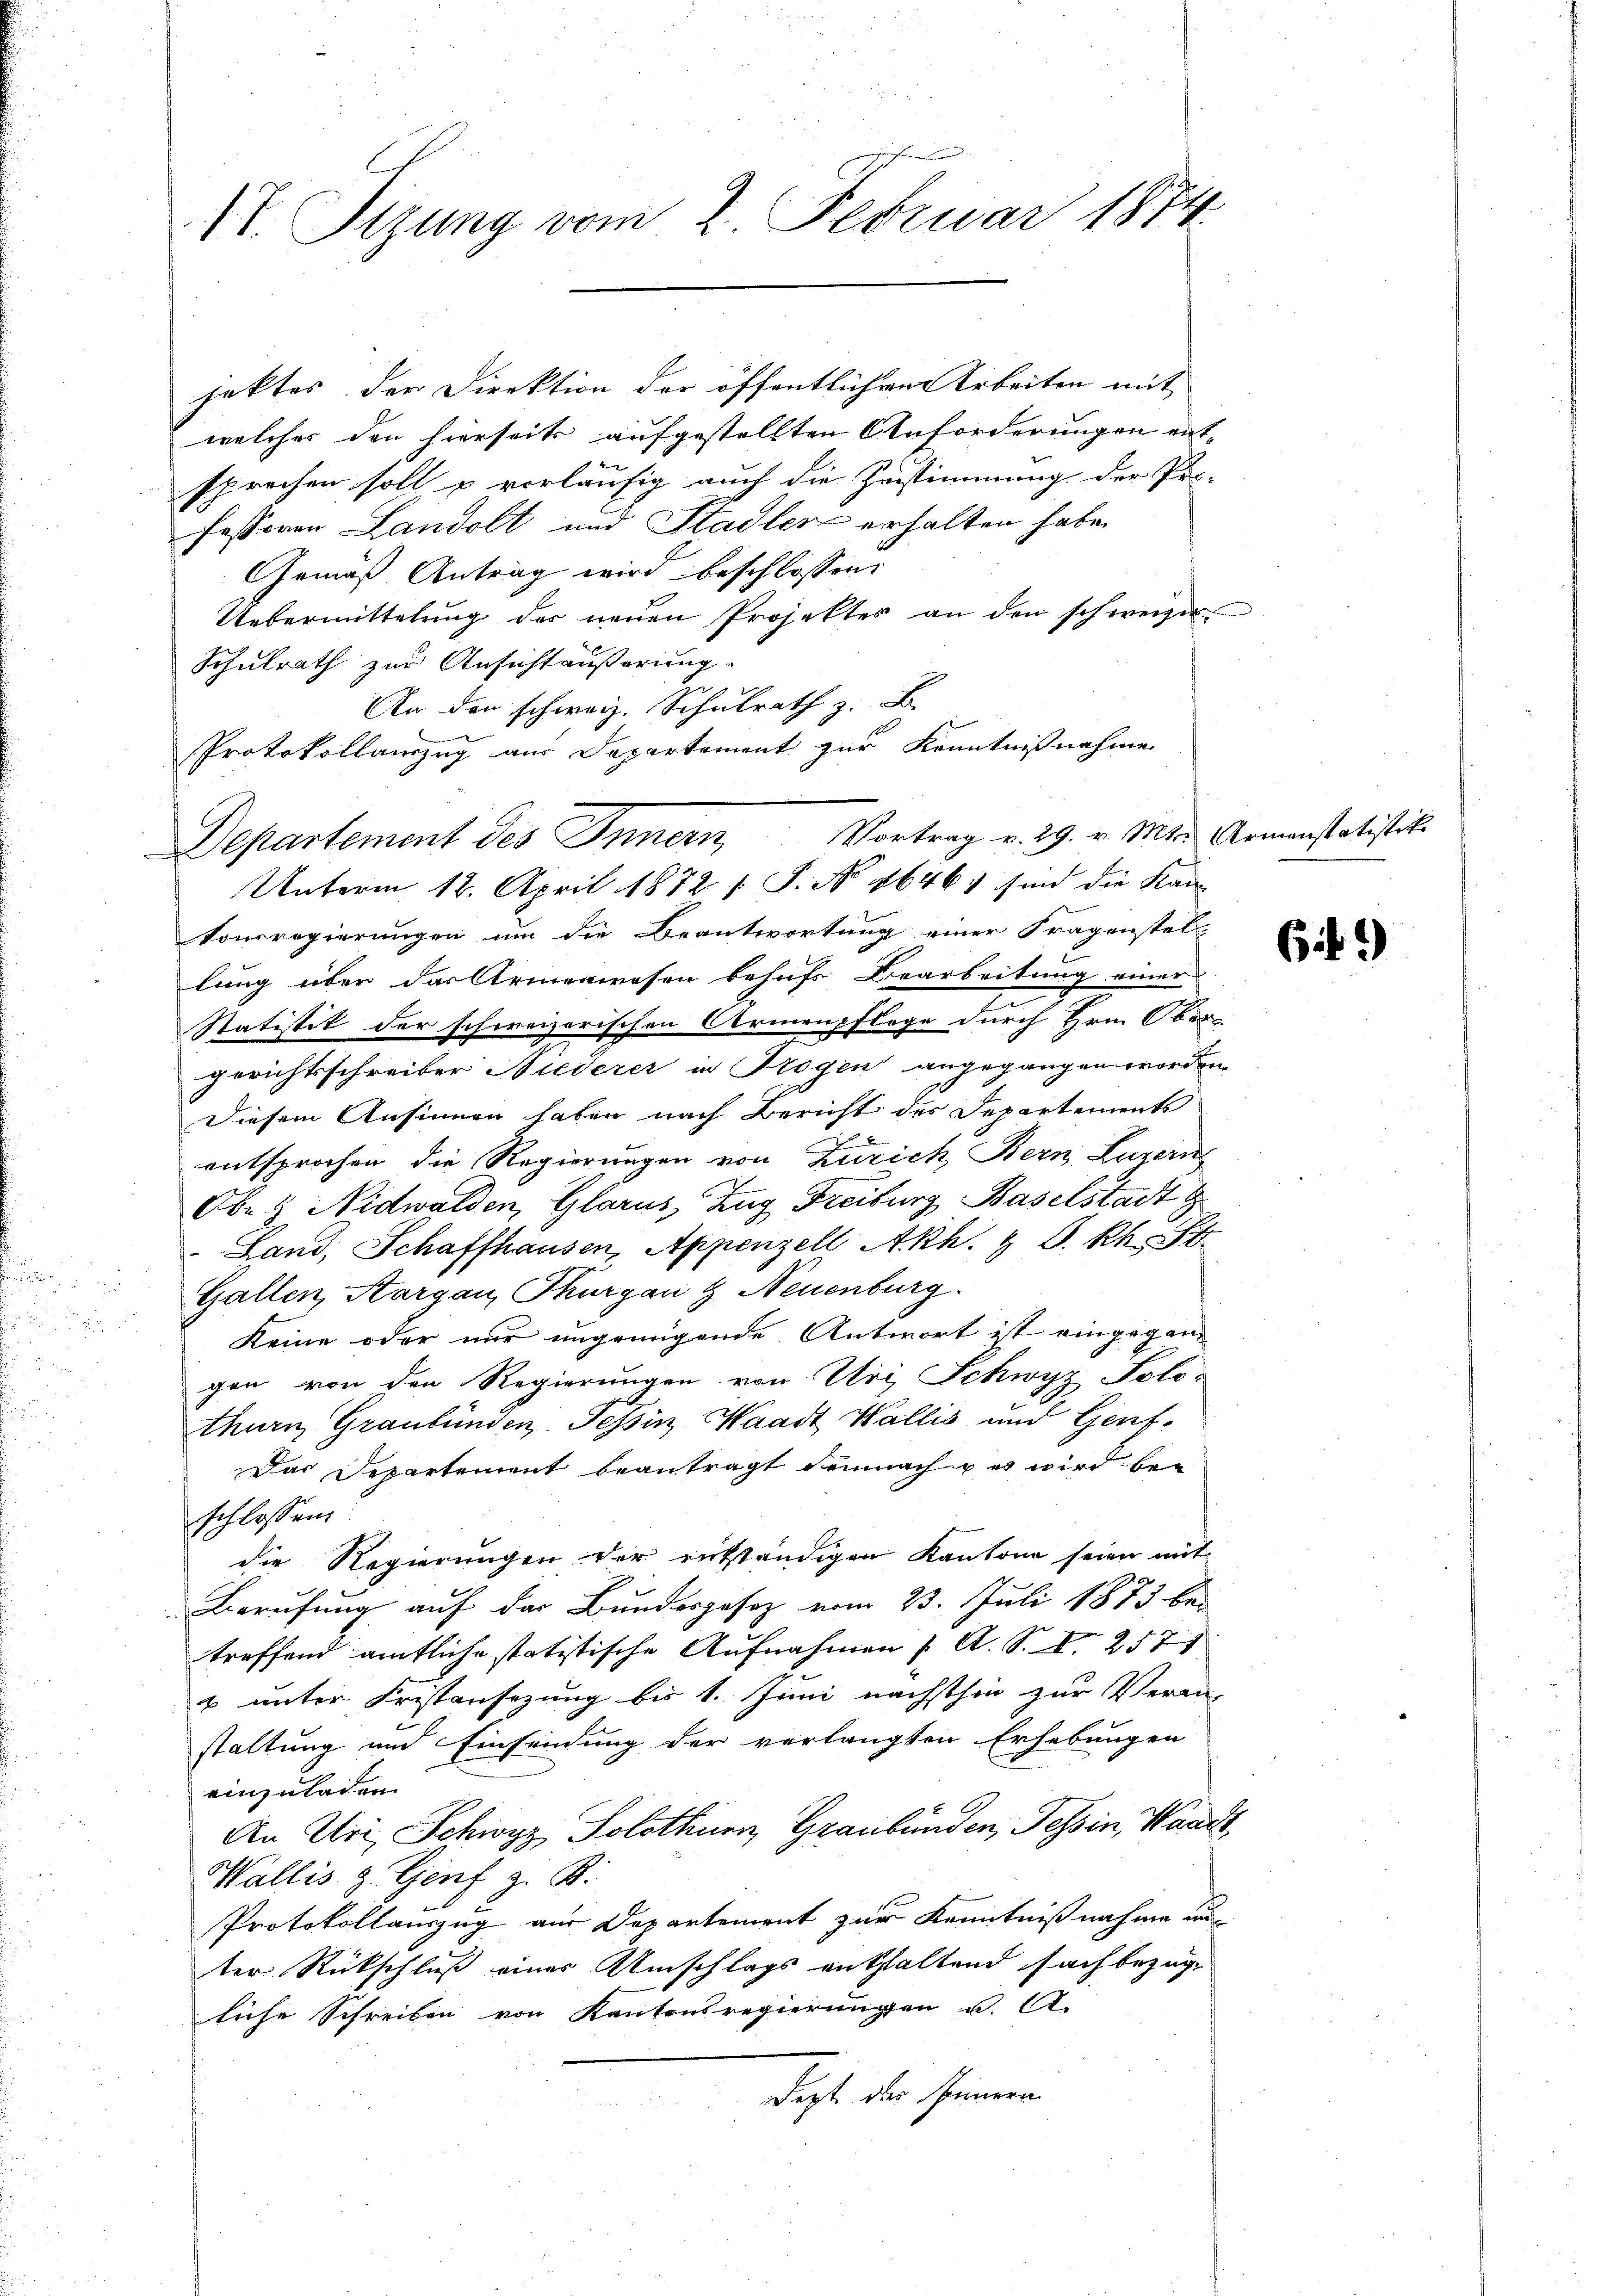
jektes der Direktion der öffentlichen Arbeiten mit
welcher den hierseits aufgestellten Anforderungen ent-
sprechen soll u vorläufig auch die Zustimmung der Pro-
fessoren Landolt und Stadler erhalten habe.
Gemäß Antrag wird beschlossen:
Uebermittelŭng der neŭen Projektes an den schweizer
Schulrath zur Ansichtäußerung.
An den schweiz. Schulrath z. B.
Protokollanzug aus Departement zur Kenntnißnahme
Departement des Innern, Vortrag v. 29. v. Mts. Armenstatistik

1T. Sizung vom 2. Februar 1874

Unterm 12. April 1872 s. S. No 1646) sind die Kan-

Konsregierungen um die Beantwortung einer Fragenstell
lung über das Armenwesen behufs Bearbeitung einer
Statistik der schweizerischen Armenpflege durch Hrn. Ober-
gerichtsschreiber Niederer in Trogen angegangen worden
Diesem Ansinnen haben nach Bericht des Departements

entsprochen die Regierungen von Zürich Bern, Luzerns
Oben Nidwalden, Glarus, Zug Freiburg, Baselstadt g
Land, Schaffhausen, Appenzell A.Rh. & J. Rh.54
Gallen, Aargau, Thurgau & Neuenburg.
Keine oder nur ungringende Antwort ist eingegengen von den Regierungen von Uri, Schwyz Solo-
thurn, Graubünden, Tessin, Waadt, Wallis und Gent-
Das Departement beantragt demnach & es wird be-
schlossen:
die Regierungen der entständigen Kantone seien mit
Berufung auf der Bundesgesetz vom 23. Juli 1873 bei
treffend amtliche statistische Aufnahmen ( A. S. I 257
& unter Fristansezung bis 1. Juni nächsthin zur Veran-
staltung und Einsendung der verlangten Erhebungen
einzuladen
An Uri, Schwyz Solothurn, Graubünden Tessin, Waadt,
Wallis u. Genf z. B.
Protokollauszug aus Departement zur Kenntnißnahme nun
ter Rückschluß einer Umschlags entstaltend fach bezug
liche Schreiben von Kantonsregierungen u. A.
dass der seinen

6 f.)